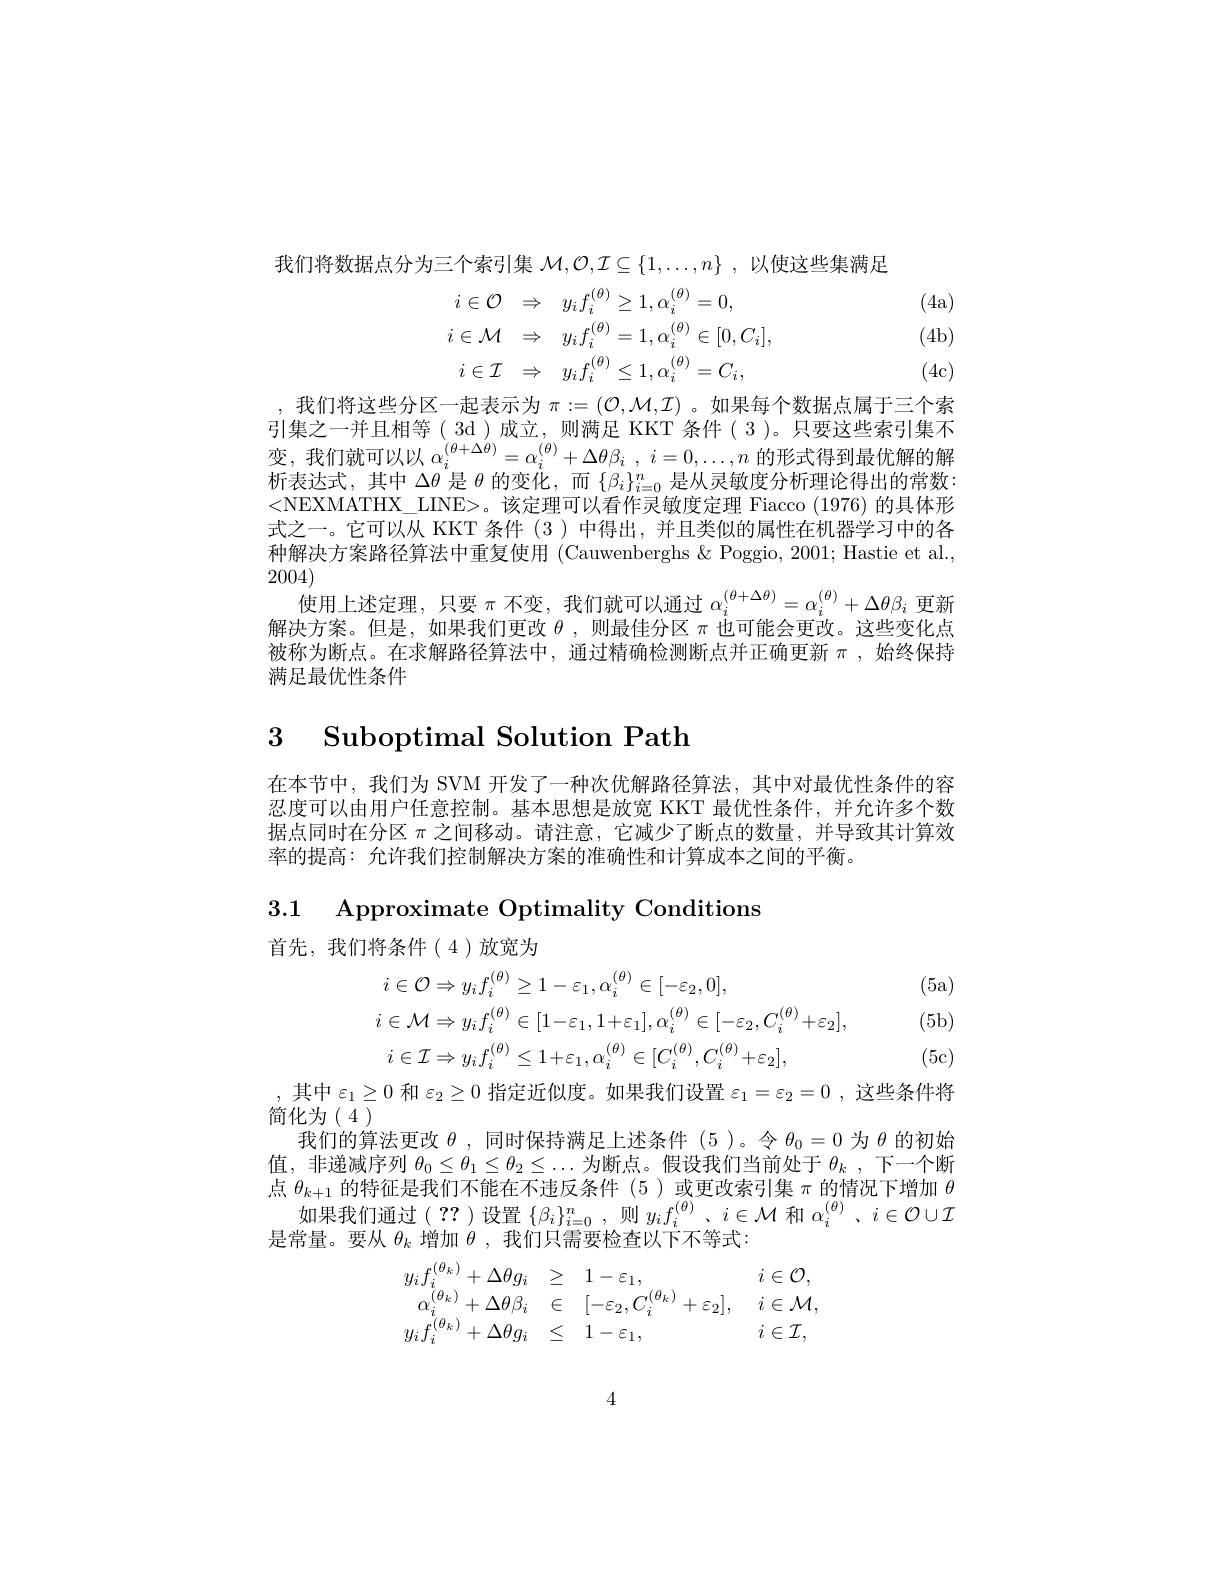
我们将数据点分为三个索引集$\mathcal{M} , \mathcal{O} , \mathcal{I} \subseteq \{ 1, \ldots , n\}$ ,以使这些集满足
$$\begin{aligned}i\in\mathcal{O}&\Rightarrow\quad y_{i}f_{i}^{(\theta)}\geq1,\alpha_{i}^{(\theta)}=0,\\i\in\mathcal{M}&\Rightarrow\quad y_{i}f_{i}^{(\theta)}=1,\alpha_{i}^{(\theta)}\in[0,C_{i}],\\i\in\mathcal{I}&\Rightarrow\quad y_{i}f_{i}^{(\theta)}\leq1,\alpha_{i}^{(\theta)}=C_{i},\end{aligned}$$
(4a) (4b) (4c)

,我们将这些分区一起表示为$\pi:=(\mathcal{O},\mathcal{M},\mathcal{I})$ 。如果每个数据点属于三个索引集之一并且相等( 3d)成立，则满足 KKT 条件( 3 )。只要这些索引集不变，我们就可以以$\alpha _i^{( \theta + \Delta \theta ) }= \alpha _i^{( \theta ) }+ \Delta \theta \beta _i$ , $i= 0, \ldots , n$ 的形式得到最优解的解析表达式，其中$\Delta\theta$是$\theta$的变化，而$\{\beta_i\}_{i=0}^n$是从灵敏度分析理论得出的常数<NEXMATHX\_LINE>。该定理可以看作灵敏度定理 Fiacco (1976)的具体形式之一。它可以从 KKT 条件 (3 ) 中得出，并且类似的属性在机器学习中的各种解决方案路径算法中重复使用 (Cauwenberghs & Poggio, 2001; Hastie et al., 2004)
使用上述定理，只要$\pi$不变，我们就可以通过$\alpha_i^{(\theta+\Delta\theta)}=\alpha_i^{(\theta)}+\Delta\theta\beta_i$更新解决方案。但是，如果我们更改$\theta$ ,则最佳分区$\pi$也可能会更改。这些变化点被称为断点。在求解路径算法中，通过精确检测断点并正确更新$\pi$,始终保持满足最优性条件

## 3 Suboptimal Solution Path

在本节中，我们为 SVM 开发了一种次优解路径算法，其中对最优性条件的容忍度可以由用户任意控制。基本思想是放宽 KKT 最优性条件，并允许多个数据点同时在分区$\pi$之间移动。请注意，它减少了断点的数量，并导致其计算效率的提高：允许我们控制解决方案的准确性和计算成本之间的平衡。

3.1 Approximate Optimality Conditions

首先，我们将条件(4)放宽为
$$\begin{aligned}&i\in\mathcal{O}\Rightarrow y_{i}f_{i}^{(\theta)}\geq1-\varepsilon_{1},\alpha_{i}^{(\theta)}\in[-\varepsilon_{2},0],\\&i\in\mathcal{M}\Rightarrow y_{i}f_{i}^{(\theta)}\in[1-\varepsilon_{1},1+\varepsilon_{1}],\alpha_{i}^{(\theta)}\in[-\varepsilon_{2},C_{i}^{(\theta)}+\varepsilon_{2}],\\&i\in\mathcal{I}\Rightarrow y_{i}f_{i}^{(\theta)}\leq1+\varepsilon_{1},\alpha_{i}^{(\theta)}\in[C_{i}^{(\theta)},C_{i}^{(\theta)}+\varepsilon_{2}],\end{aligned}$$
(5a)

(5b) (5c)

,其中$\varepsilon_1\geq0$和$\varepsilon_2\geq0$指定近似度。如果我们设置$\varepsilon_1=\varepsilon_2=0$,这些条件将
简化为(4)
我们的算法更改$\theta$ ,同时保持满足上述条件 (5 )。令$\theta_0=0$为$\theta$的初始值，非递减序列$\theta_0\leq\theta_1\leq\theta_2\leq\ldots$为断点。假设我们当前处于$\theta _k$ , 下一个断点$\theta_{k+1}$的特征是我们不能在不违反条件(5)或更改索引集$\pi$的情况下增加$\theta$
如果我们通过( ?? )设置$\{\beta_i\}_{i=0}^n$,则$y_if_i^{(\theta)}$、$i\in\mathcal{M}$和$\alpha_i^{(\theta)}$、$i\in\mathcal{O}\cup\mathcal{I}$
是常量。要从$\theta_k$增加$\theta$,我们只需要检查以下不等式：
$$y_{i}f_{i}^{(\theta_{k})}+\Delta\theta g_{i}\quad\geq\quad1-\varepsilon_{1},\quad i\in\mathcal{O},\\\alpha_{i}^{(\theta_{k})}+\Delta\theta\beta_{i}\quad\in\quad[-\varepsilon_{2},C_{i}^{(\theta_{k})}+\varepsilon_{2}],\quad i\in\mathcal{M},\\y_{i}f_{i}^{(\theta_{k})}+\Delta\theta g_{i}\quad\leq\quad1-\varepsilon_{1},\quad i\in\mathcal{I},$$
4